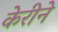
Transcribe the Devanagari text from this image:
केरीने